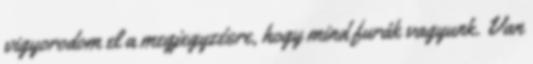
vigyorodom el a megjegyzésre, hogy mind furák vagyunk. Van